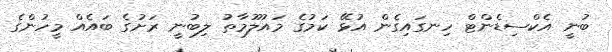
ބުނީ އެކްސިޑެންޓް ހިނގައިގެން އުޅޭ ކަމުގެ މައުލޫމާތު ލިބުނީ ރަށުގެ ބައެއް މީހުންގެ